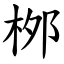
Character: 桞